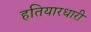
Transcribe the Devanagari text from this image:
हतियारधारी